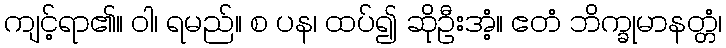
ကျင့်ရာ၏။ ဝါ၊ ရမည်။ စ ပန၊ ထပ်၍ ဆိုဦးအံ့။ ဧတံ ဘိက္ခုမာနတ္တံ၊